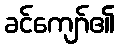
ခင်ကျော်၏